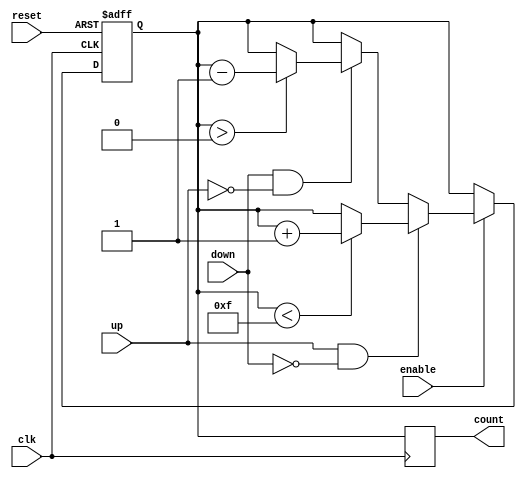
module UpDownCounter (
    input wire clk,        // Clock signal
    input wire reset,      // Asynchronous reset signal
    input wire enable,     // Count enable signal
    input wire up,         // Count up control signal
    input wire down,       // Count down control signal
    output reg [3:0] count // 4-bit output count value
);

    // Define the maximum count value
    localparam MAX_COUNT = 4'b1111; // 15 for a 4-bit counter
    localparam RESET_VALUE = 4'b0000; // Reset value

    // Memory block to store the current count value
    reg [3:0] memory;

    always @(posedge clk or posedge reset) begin
        if (reset) begin
            // Asynchronous reset
            memory <= RESET_VALUE;
        end else if (enable) begin
            if (up && !down) begin
                // Count up
                if (memory < MAX_COUNT) begin
                    memory <= memory + 1;
                end
            end else if (down && !up) begin
                // Count down
                if (memory > 0) begin
                    memory <= memory - 1;
                end
            end
        end
    end

    // Output the current count value
    always @(posedge clk) begin
        count <= memory;
    end

endmodule